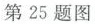
第25题图